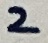
Text: 2